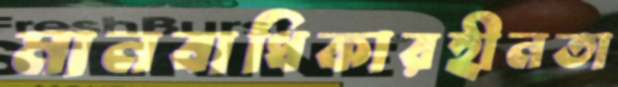
মানবাধিকারহীনতা